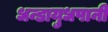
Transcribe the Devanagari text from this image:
धन्डायुधपानी